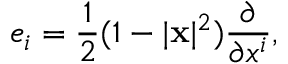
e _ { i } = { \frac { 1 } { 2 } } ( 1 - | \mathbf { x } | ^ { 2 } ) { \frac { \partial } { \partial x ^ { i } } } ,